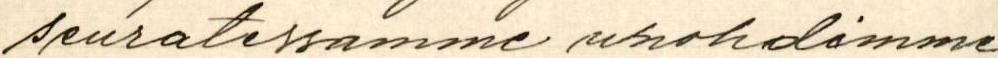
seuratessamme unohdimme